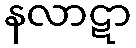
နလာဋာ